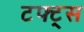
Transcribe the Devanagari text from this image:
टफ्ट्‌स